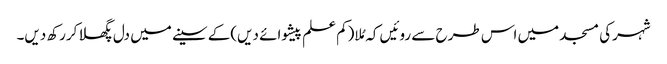
شہرکی مسجد میں اس طرح سے روئیں کہ مُلا(کم علم پیشوائے دیں)کے سینے میں دل پگھلا کررکھ دیں۔